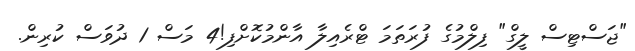
"ޖަސްޓިސް ލީގް" ފިލްމުގެ ފުރަތަމަ ޓްރެއިލާ އާންމުކޮށްފި!4 މަސް 1 ދުވަސް ކުރިން.